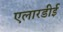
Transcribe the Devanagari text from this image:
एलारडीई